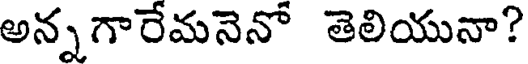
అన్న గారేమనెనో తెలియునా?